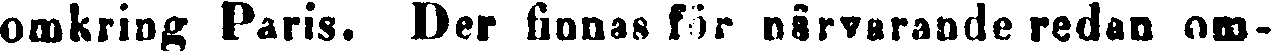
omkring Paris. Der finnas för närvarande redan om-